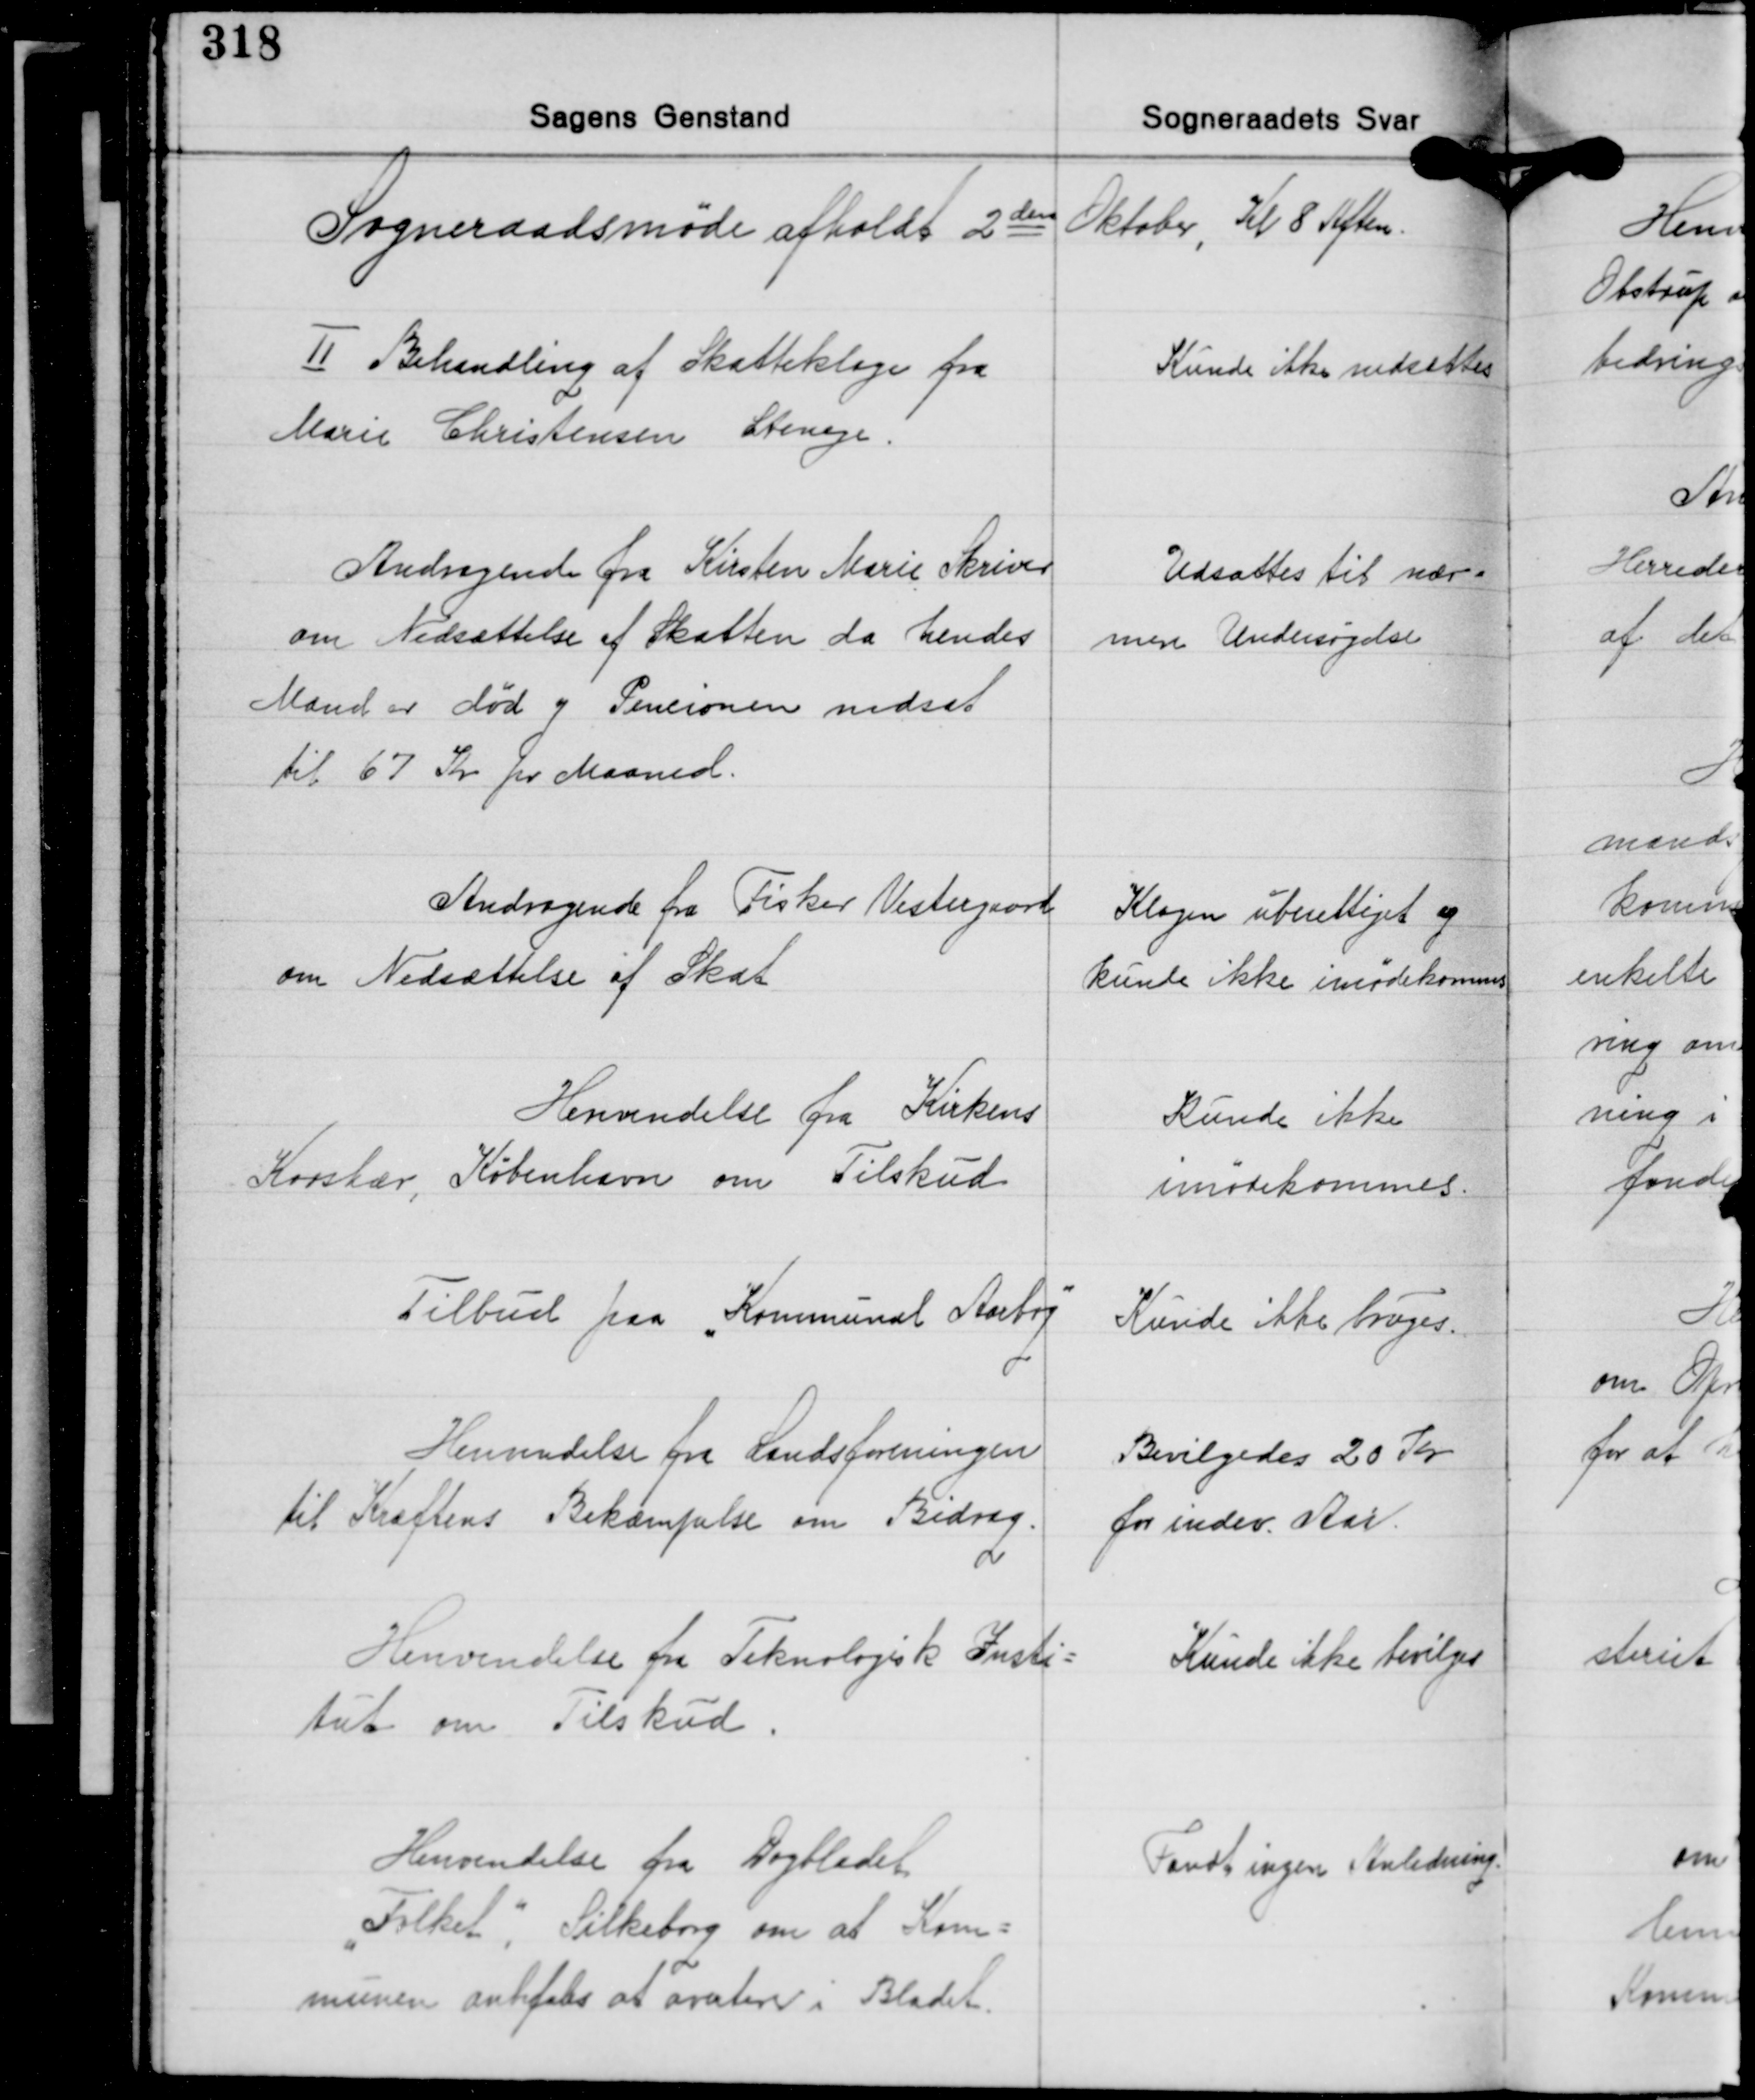
Transskription:
Sogneraadsmøde afholdt 2den Oktober, Kl. 8 Aften.

Ⅱ Behandling af Skatteklage fra
Marie Christensen Stenege.

Kunde ikke nedsættes

Andragende fra Kirsten Marie Skriver
om Nedsættelse af Skatten da hendes
Mand er død og Pensionen nedsat
til 67 Kr. pr. Maaned.

Udsattes til nær-
mere Undersøgelse

Andragende fra Fisker Vestergaard
om Nedsættelse af Skat

Klagen uberettiget og
kunde ikke imødekommes

Henvendelse fra Kirkens
Korshær, København om Tilskud

Kunde ikke
imødekommes.

Tilbud paa "Kommunal Aarbog"

Kunde ikke bruges.

Henvendelse fra Landsforeningen
til Kræftens Bekæmpelse om Bidrag.

Bevilgedes 20 Kr.
for indev. Aar.

Henvendelse fra Teknologisk Insti-
tut om Tilskud

Kunde ikke bevilges

Henvendelse fra Dagbladet
"Folket", Silkeborg om at Kom-
munen anbefales at avertere i Bladet.

Fandt ingen Anledning